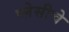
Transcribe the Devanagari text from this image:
प्लेसीचे